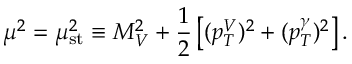
\mu ^ { 2 } = \mu _ { \mathrm { s t } } ^ { 2 } \equiv M _ { V } ^ { 2 } + \frac { 1 } { 2 } \left[ ( p _ { T } ^ { V } ) ^ { 2 } + ( p _ { T } ^ { \gamma } ) ^ { 2 } \right] .